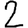
Digit: 2